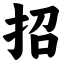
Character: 招